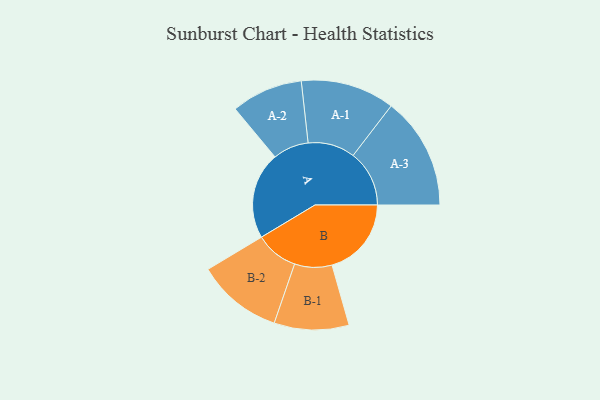
{"axis": {"x": "Segment", "y": "Value"}, "legend": ["", "A", "B"], "data": [{"x": "A", "y": 435, "type": ""}, {"x": "B", "y": 397, "type": ""}, {"x": "A-1", "y": 235, "type": "A"}, {"x": "A-2", "y": 179, "type": "A"}, {"x": "A-3", "y": 281, "type": "A"}, {"x": "B-1", "y": 187, "type": "B"}, {"x": "B-2", "y": 214, "type": "B"}]}